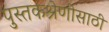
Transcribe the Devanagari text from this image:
पुस्तकश्रेणीसाठी